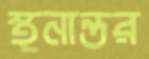
স্থনান্তর